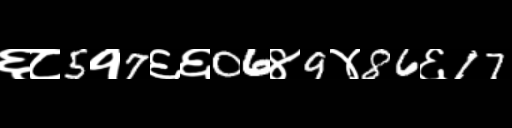
Text: ६८5१7६६06४9४86६17